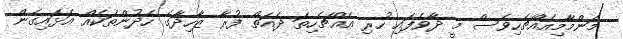
މަންމާމިއެއްޗެހިވެސް މީ ދާވެފައި ހުރި އެއްޗެހިތަ ދެއަތް ފުރާ ޒާހިދާގެ ހެދުންތަކެއް އަޅައިގެން